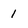
Character: 1